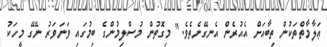
ޢަލާމާތްތަކުން ތިބާއަށް އެއުރެން އެނގޭނެތެވެ." މިގޮތުން މުސްލިމުންގެ ބިމުގައި ވަނަވަރު ނޭގޭ މީހަކު